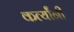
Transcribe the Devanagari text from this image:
कर्त्यांनी